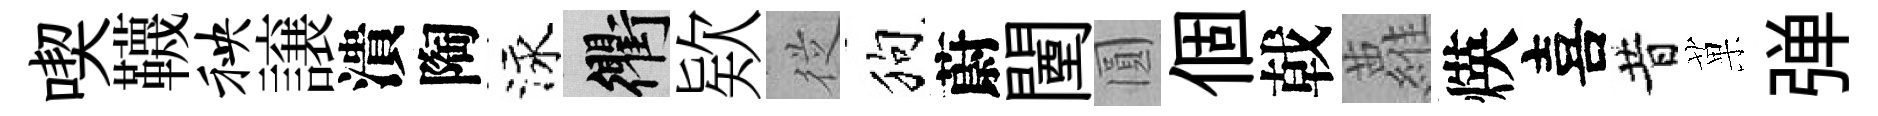
喫韈秧譲潰陶泳衢欵従狗蔚闉圓個戟蘿煐喜昔菓弹